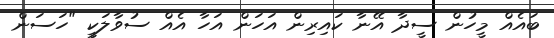
ބައެއް މީހުން ސީދާ އޭނާ ކައިރިން އަހަން އަހާ އެއް ސުވާލަކީ "ހަސަން